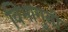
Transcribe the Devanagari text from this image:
विभागुनी